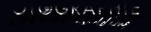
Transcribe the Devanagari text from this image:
अवाकांचे